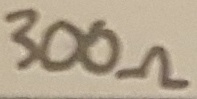
Text: 300Ω